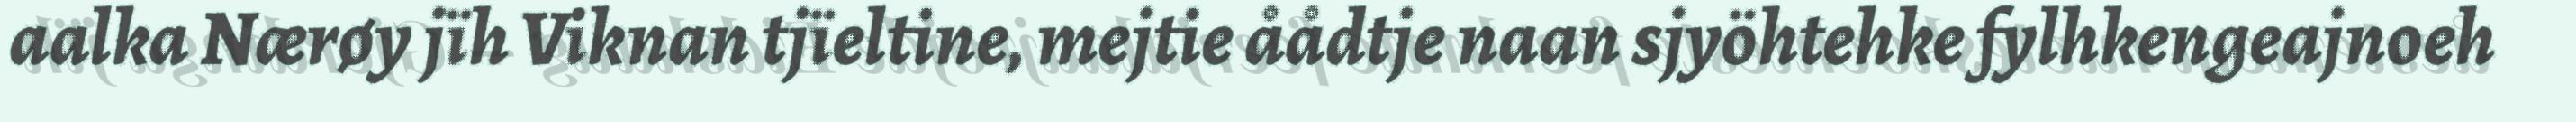
aalka Nærøy jïh Viknan tjïeltine, mejtie åådtje naan sjyöhtehke fylhkengeajnoeh